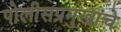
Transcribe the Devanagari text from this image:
पोलीसप्रमुखांचे